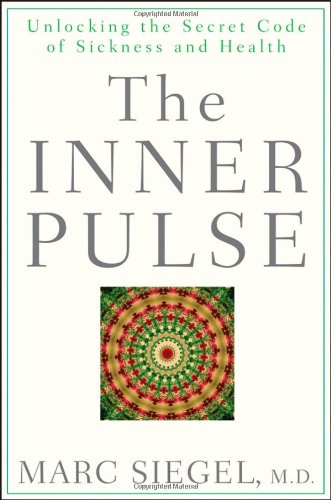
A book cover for The Inner Pulse: Unlocking the Secret Code of Sickness and Health; Marc Siegel; Medical Books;